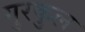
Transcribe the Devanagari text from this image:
गुरकुल